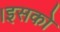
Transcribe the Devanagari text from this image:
।इसको